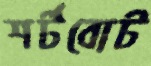
শর্টবোট